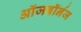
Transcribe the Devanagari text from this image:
ऑजबॉर्नज